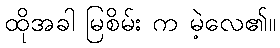
ထိုအခါ မြစိမ်း က မဲ့လေ၏။